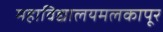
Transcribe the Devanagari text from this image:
महाविद्यालयमलकापूर